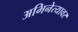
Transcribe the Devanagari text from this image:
अभिनेत्यावर